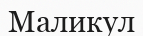
Маликул